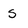
Character: s